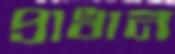
প্রাধান